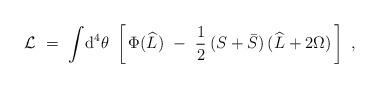
LaTeX: \begin{align*}{\cal L}\ =\ \int \! \mbox{d}^4 \theta\ \left[\, \Phi (\widehat L)\ -\ \frac{1}{2}\: (S + \bar S)\, (\widehat L + 2 \Omega)\, \right]\ ,\end{align*}